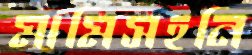
মামিসহনি